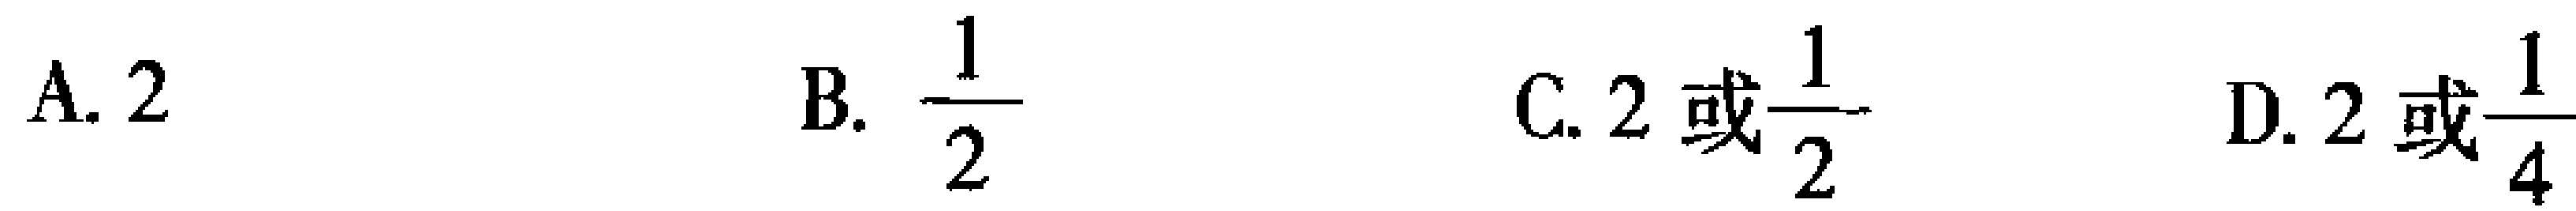
A. \(2\)  B. \(\frac{1}{2}\)  C. \(2或\frac{1}{2}\)  D. \(2或\frac{1}{4}\)